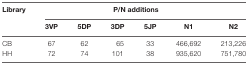
| <ROWSPAN=2> Library | <COLSPAN=6> P/N additions |
 | 3VP | 5DP | 3DP | 5JP | N1 | N2 |
 | --- | --- | --- | --- | --- | --- | --- |
 | CB | 67 | 62 | 65 | 33 | 466,692 | 213,226 |
 | HH | 72 | 74 | 101 | 38 | 935,620 | 751,780 |